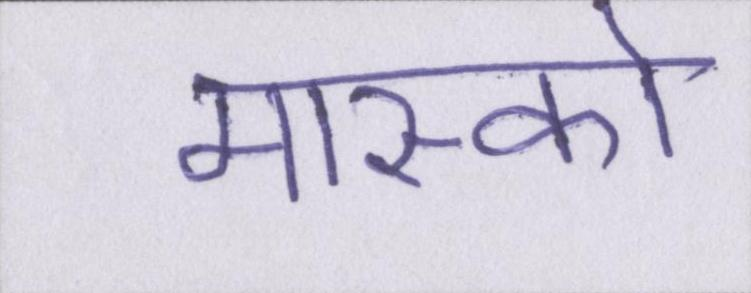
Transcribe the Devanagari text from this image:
मास्को